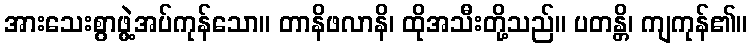
အားသေးစွာဖွဲ့အပ်ကုန်သော။ တာနိဖလာနိ၊ ထိုအသီးတို့သည်။ ပတန္တိ၊ ကျကုန်၏။